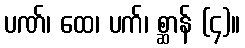
ပဏ်၊ ထေ၊ ပက်၊ စ္ဆာန် (၄)။